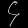
Digit: ၄